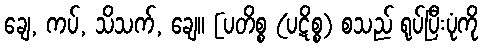
ချေ, ကပ်, သိသက်, ချေ။ [ပတိစ္စ (ပဋိစ္စ) စသည် ရုပ်ပြီးပုံကို